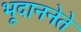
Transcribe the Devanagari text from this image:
भूदाननेते